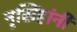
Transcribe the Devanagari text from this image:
नृसिंहांनी